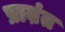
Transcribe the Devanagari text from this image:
प्राऩंत